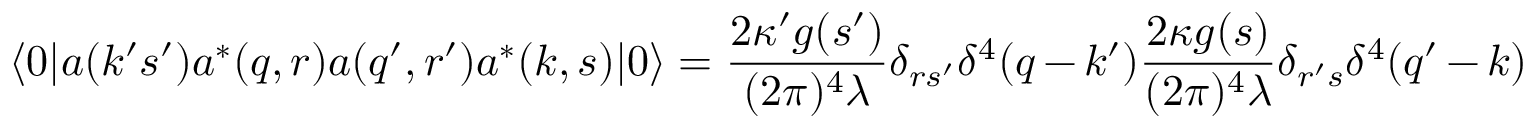
\langle 0 | a ( k ^ { \prime } s ^ { \prime } ) a ^ { * } ( q , r ) a ( q ^ { \prime } , r ^ { \prime } ) a ^ { * } ( k , s ) | 0 \rangle = \frac { 2 \kappa ^ { \prime } g ( s ^ { \prime } ) } { ( 2 \pi ) ^ { 4 } \lambda } \delta _ { r s ^ { \prime } } \delta ^ { 4 } ( q - k ^ { \prime } ) \frac { 2 \kappa g ( s ) } { ( 2 \pi ) ^ { 4 } \lambda } \delta _ { r ^ { \prime } s } \delta ^ { 4 } ( q ^ { \prime } - k )